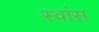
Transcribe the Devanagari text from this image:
स्वांस